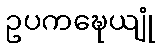
ဥပကဍ္ဎေယျုံ